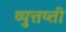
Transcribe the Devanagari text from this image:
व्युत्तप्त्ती